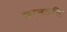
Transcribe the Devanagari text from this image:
कालवधि